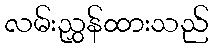
လမ်းညွှန်ထားသည်